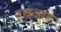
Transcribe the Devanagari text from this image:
ट्राइआड